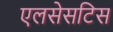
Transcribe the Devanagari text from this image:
एलसेसटिस